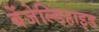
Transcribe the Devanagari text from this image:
बेंजेल्डिहाइड